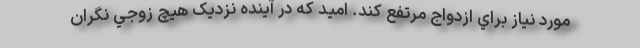
مورد نياز براي ازدواج مرتفع کند. اميد که در آينده نزديک هيچ زوجي نگران